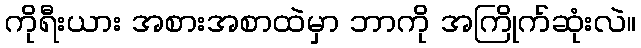
ကိုရီးယား အစားအစာထဲမှာ ဘာကို အကြိုက်ဆုံးလဲ။